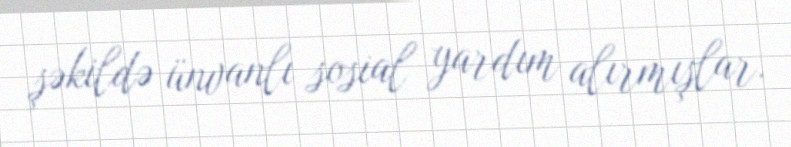
şəkildə ünvanlı sosial yardım alırmışlar.